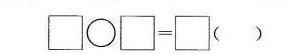
\Box\bigcirc\Box=\Box（ )